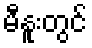
မီနူးတွင်